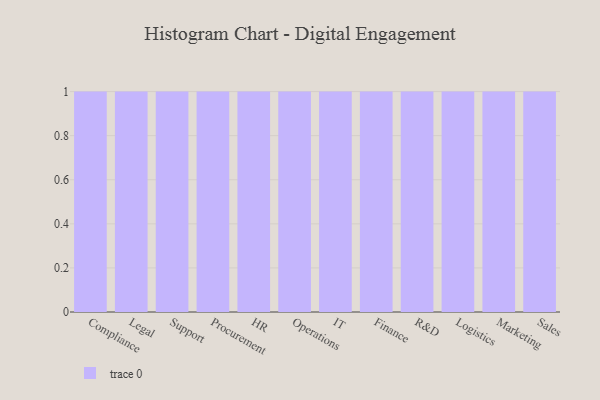
{"axis": {"x": "Department", "y": "Latency (ms)"}, "legend": [""], "data": [{"x": "Compliance", "y": 94, "type": ""}, {"x": "Legal", "y": 70, "type": ""}, {"x": "Support", "y": 9, "type": ""}, {"x": "Procurement", "y": 26, "type": ""}, {"x": "HR", "y": 78, "type": ""}, {"x": "Operations", "y": 26, "type": ""}, {"x": "IT", "y": 32, "type": ""}, {"x": "Finance", "y": 53, "type": ""}, {"x": "R&D", "y": 33, "type": ""}, {"x": "Logistics", "y": 88, "type": ""}, {"x": "Marketing", "y": 5, "type": ""}, {"x": "Sales", "y": 62, "type": ""}]}